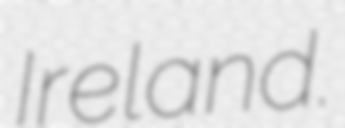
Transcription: Ireland.